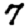
Digit: 7